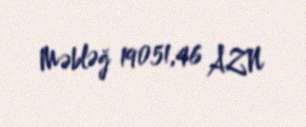
Məbləğ 19051,46 AZN